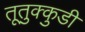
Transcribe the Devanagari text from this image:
तूतुक्कुडी